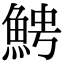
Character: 𩶍